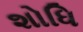
શોધિ